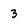
Character: 3